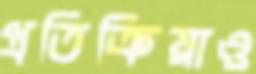
প্রতিক্রিয়াও